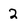
Character: 2